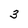
Character: 3